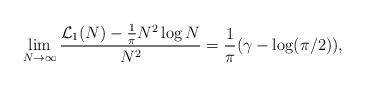
\begin{align*}\lim_{N\rightarrow\infty}\frac{\mathcal{L}_{1}(N)-\frac{1}{\pi}N^2 \log N}{N^2}=\frac{1}{\pi}(\gamma-\log(\pi/2)),\end{align*}